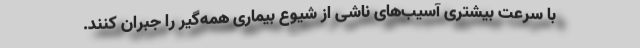
با سرعت بیشتری آسیب‌های ناشی از شیوع بیماری همه‌گیر را جبران کنند.